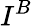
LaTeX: {\mathbf\cal I}^{B}